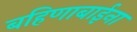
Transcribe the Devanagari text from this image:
बहिणाबाईना